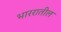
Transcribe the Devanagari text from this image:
भाररातील